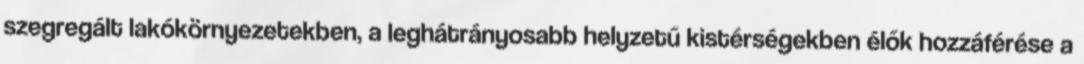
szegregált lakókörnyezetekben, a leghátrányosabb helyzetű kistérségekben élők hozzáférése a